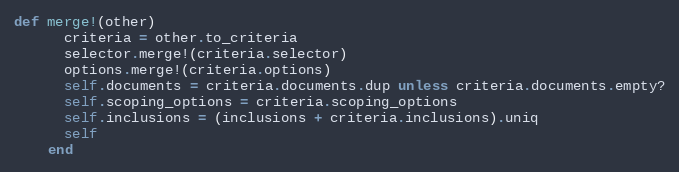
Language: Ruby
def merge!(other)
      criteria = other.to_criteria
      selector.merge!(criteria.selector)
      options.merge!(criteria.options)
      self.documents = criteria.documents.dup unless criteria.documents.empty?
      self.scoping_options = criteria.scoping_options
      self.inclusions = (inclusions + criteria.inclusions).uniq
      self
    end